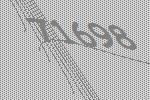
71698